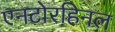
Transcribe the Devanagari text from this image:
एनटोरहिनल